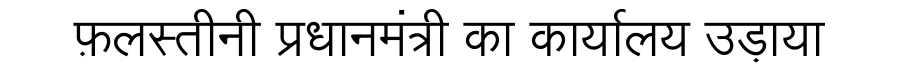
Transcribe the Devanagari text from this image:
फ़लस्तीनी प्रधानमंत्री का कार्यालय उड़ाया